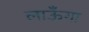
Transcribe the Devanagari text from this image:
लाऊँगा